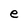
Character: e